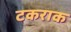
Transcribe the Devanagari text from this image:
टकराक